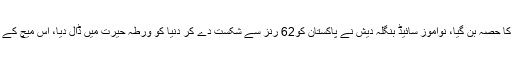
پاکستان نے نیوزی لینڈ کو 62 رنز سے ہرایا، البتہ ٹیم کے اگلے میچ میں جو کچھ ہوا وہ تاریخ کا حصہ بن گیا، نوآموز سائیڈ بنگلہ دیش نے پاکستان کو62 رنز سے شکست دے کر دنیا کو ورطہ حیرت میں ڈال دیا، اس میچ کے نتیجے پر شکوک و شہبات کا اظہار کیا گیا اور بعض حلقے اب بھی اسے فکسڈ قرار دیتے ہیں۔